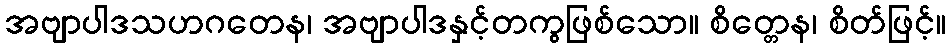
အဗျာပါဒသဟဂတေန၊ အဗျာပါဒနှင့်တကွဖြစ်သော။ စိတ္တေန၊ စိတ်ဖြင့်။